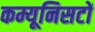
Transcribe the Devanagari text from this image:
कम्यूनिसटों